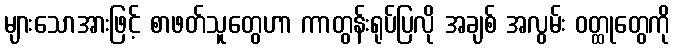
များသောအားဖြင့် စာဖတ်သူတွေဟာ ကာတွန်းရုပ်ပြလို အချစ် အလွမ်း ဝတ္ထုတွေကို